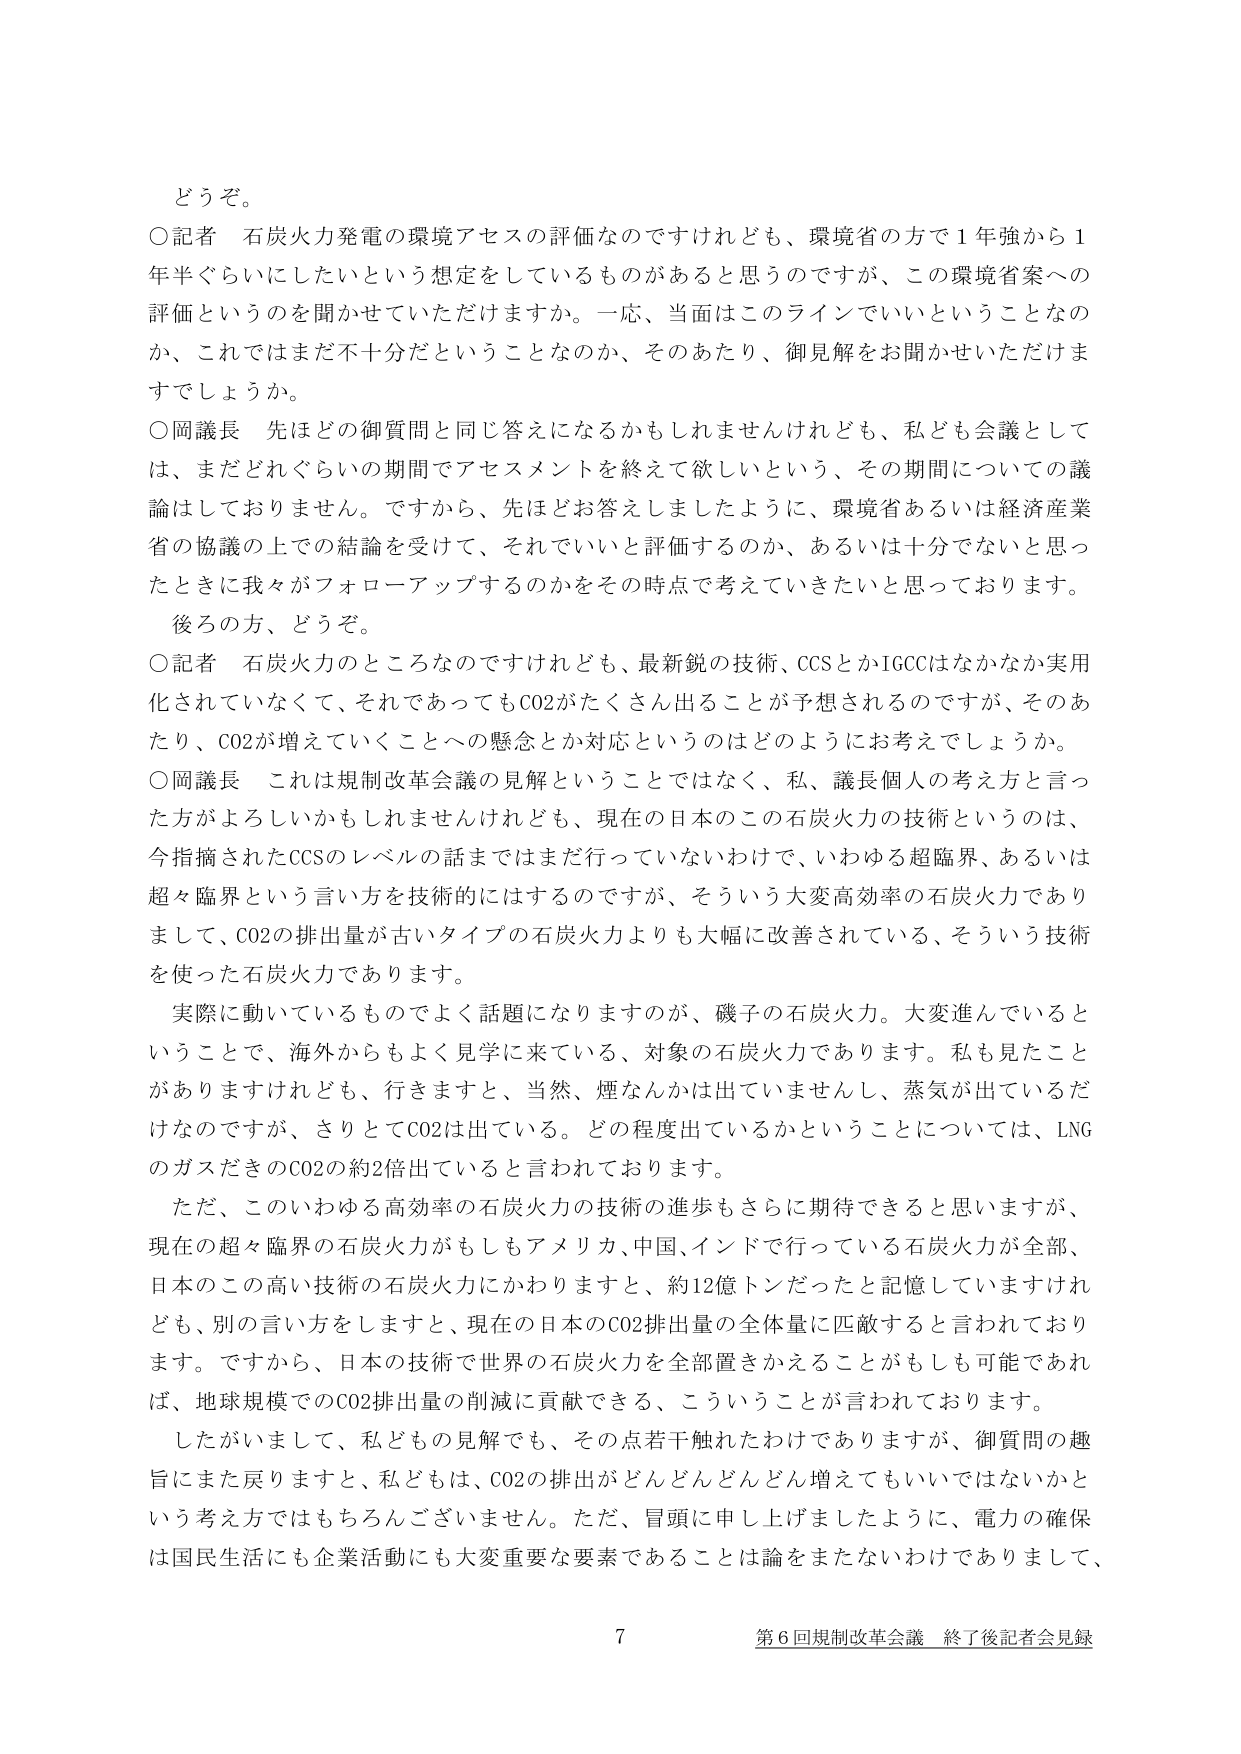
どうぞ。

○記者 石炭火力発電の環境アセスの評価なのですがけれども、環境省の方で１年強から１年半ぐらいにしたいという想定をしているものがあると思うのですが、この環境省案への評価というのを聞かせていただけますか。一応、当面はこのラインでいいということなのか、これではまだ不十分だということなのか、そのあたり、御見解をお聞かせいただけますでしょうか。

○岡議長 先ほどの御質問と同じ答えになるかもしれませんが、私ども会議としては、まだどれぐらいの期間でアセスメントを終えて欲しいという、その期間についての議論はしておりません。ですから、先ほどお答えしましたように、環境省あるいは経済産業省の協議の上での結論を受けて、それでいいと評価するのか、あるいは十分でないと思ったときに我々がフォローアップするのかをその時点で考えていきたいと思っております。

後ろの方、どうぞ。

○記者 石炭火力のところなのですがけれども、最新鋭の技術、CCSとかIGCCはなかなか実用化されていなくて、それであってもCO2がたくさん出ることが予想されるのですが、そのあたり、CO2が増えていくことへの懸念とか対応というのはどのようにお考えでしょうか。

○岡議長 これは規制改革会議の見解ということではなく、私、議長個人の考え方と言った方がよろしいかもしれませんが、現在の日本のこの石炭火力の技術というのは、今指摘されたCCSのレベルの話まではまだ行っていないわけで、いわゆる超臨界、あるいは超々臨界という言い方を技術的にはするのですが、そういう大変高効率の石炭火力でありまして、CO2の排出量が古いタイプの石炭火力よりも大幅に改善されている、そういう技術を使った石炭火力であります。

実際に動いているものでよく話題になりますのが、磯子の石炭火力。大変進んでいるということで、海外からもよく見学に来ている、対象の石炭火力であります。私も見たことがありますけれども、行きますと、当然、煙なんかは出ていませんし、蒸気が出ているだけなのですが、さりとてCO2は出ている。どの程度出ているかということについては、LNGのガスだけのCO2の約2倍出ていると言われております。

ただ、このいわゆる高効率の石炭火力の技術の進歩もさらに期待できると思いますが、現在の超々臨界の石炭火力がもしもアメリカ、中国、インドで行っている石炭火力が全部、日本のこの高い技術の石炭火力にかわりますと、約12億トンだったと記憶していますけれども、別の言い方をしますと、現在の日本のCO2排出量の全体量に匹敵すると言われております。ですから、日本の技術で世界の石炭火力を全部置きかえることがもしも可能であれば、地球規模でのCO2排出量の削減に貢献できる、こういうことが言われております。

したがいまして、私どもの見解でも、その点若干触れたわけでありますが、御質問の趣旨にまた戻りますと、私どもは、CO2の排出がどんどんどんどん増えてもいいではないかという考え方ではもちろんございません。ただ、冒頭に申し上げましたように、電力の確保は国民生活にも企業活動にも大変重要な要素であることは論をまたないわけでありまして、

7 第6回規制改革会議 終了後記者会見録